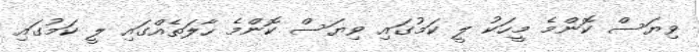
ވިޔަސް ކޮންމެ މީހަކު ލީ ކަމުގައި ވިޔަސް ކޮންމެ ހާލަތެއްގައި ލީ ކަމުގައި